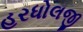
હરધોલજી